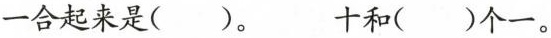
一合起来是（ ）。 十和（ ）个一。